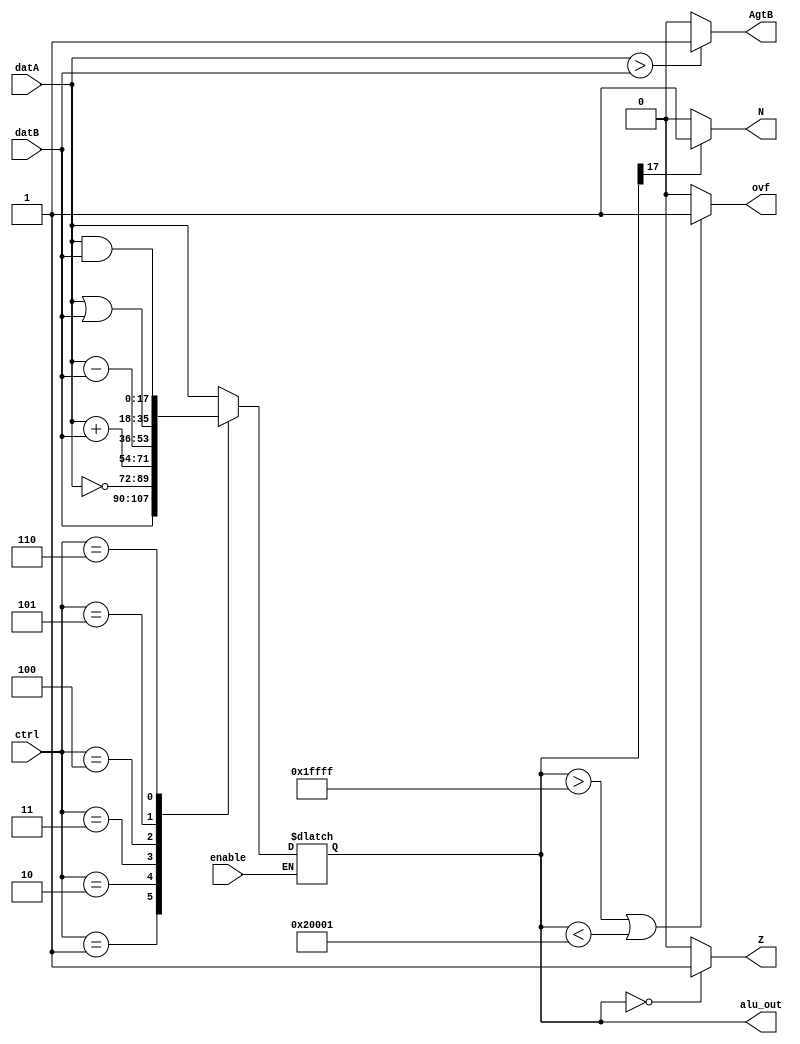
module ALU(

	input[17:0] datA,
	input[17:0] datB,
	input[2:0]  ctrl,
	input			enable,
	output reg[17:0] alu_out,
	output reg  ovf,
	output reg  AgtB,				// A greater than B 
	output reg  N,
	output reg  Z
);
	//reg[17:0] alu_out;
	
	// ALU operations
	always @( ctrl or datA or datB )
	if( enable ) begin
			case ( ctrl )
				0: alu_out <= datA;			// Pass through A
				1: alu_out <= datB;			// Pass through B
				2: alu_out <= ~datA;			// Not A
				3: alu_out <= datA + datB; // 
				4: alu_out <= datA - datB; // 
				5: alu_out <= datA | datB;
				6: alu_out <= datA & datB;
				default: alu_out <= 18'dz;
			endcase
		end
		// Appropriate signals determined by the result.
		always @( alu_out ) begin
			if ( alu_out[17] == 1)  // if output is negative
				N = 1;
			else
				N = 0;
			if ( alu_out == 0 ) 		// if output is zeros 
				Z = 1;
			else
				Z = 0;
			if (alu_out > 18'd131071 || alu_out < -18'd131071) // if the answer is > or < max, min signal overflow
				ovf = 1;
			else
				ovf = 0;
			if ( datA > datB )
				AgtB = 1;
			else
				AgtB = 0;
		end

endmodule